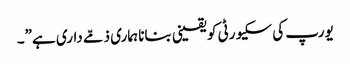
یورپ کی سکیورٹی کو یقینی بنانا ہماری ذمّے داری ہے”۔